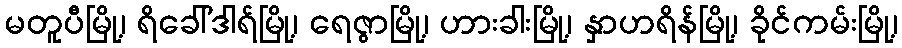
မတူပီမြို့၊ ရိခေါ်ဒါရ်မြို့၊ ရေဇွာမြို့၊ ဟားခါးမြို့၊ နှာဟရိန်မြို့၊ ခိုင်ကမ်းမြို့၊